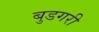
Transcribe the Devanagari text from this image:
बुडगरी